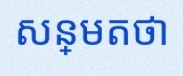
សន្មតថា x ជាចំនួនពិត